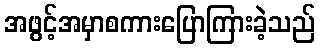
အဖွင့်အမှာစကားပြောကြားခဲ့သည်